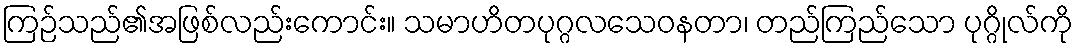
ကြဉ်သည်၏အဖြစ်လည်းကောင်း။ သမာဟိတပုဂ္ဂလသေဝနတာ၊ တည်ကြည်သော ပုဂ္ဂိုလ်ကို